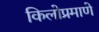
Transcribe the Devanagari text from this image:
किलोप्रमाणे